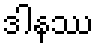
ဒါနဿ